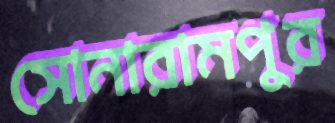
সোনারামপুর